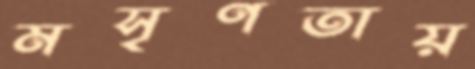
মসৃণতায়